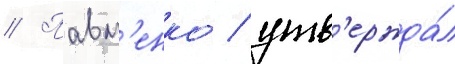
// Павл'енко / утв'ержда́л